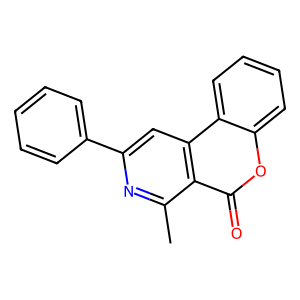
SMILES: Cc1nc(-c2ccccc2)cc2c1c(=O)oc1ccccc12
Inhibits HIV replication: No